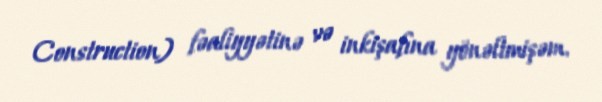
Construction) fəaliyyətinə və inkişafına yönəltmişəm.